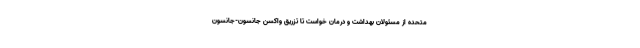
متحده از مسئولان بهداشت و درمان خواست تا تزریق واکسن جانسون-‌جانسون